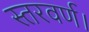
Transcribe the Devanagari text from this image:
स्तरवर्ण।